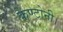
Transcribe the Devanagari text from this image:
कैण्टोनी।